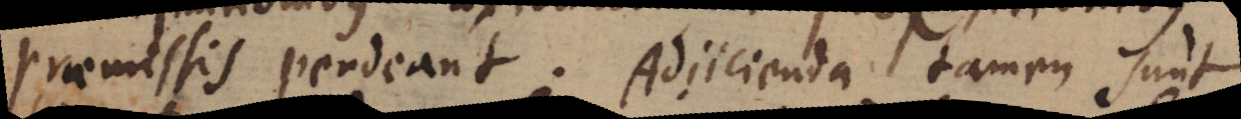
praemissis pendeant. Adjicienda tamen sunt